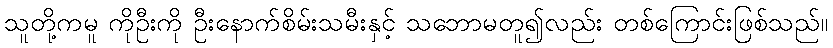
သူတို့ကမူ ကိုဦးကို ဦးနောက်စိမ်းသမီးနှင့် သဘောမတူ၍လည်း တစ်ကြောင်းဖြစ်သည်။